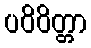
ပဝိဝိတ္တာ